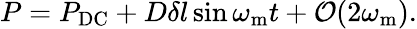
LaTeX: \begin{array}{r}{P=P_{\mathrm{DC}}+D\delta l\sin\omega_{\mathrm{m}}t+\mathcal{O}(2\omega_{\mathrm{m}}).}\end{array}